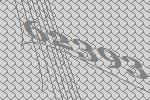
62393